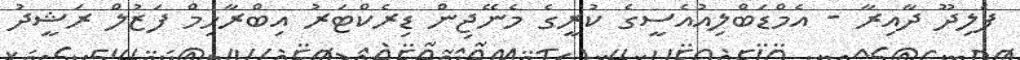
ފެލިދޫ ދާއިރާ - އެމްޑަބްލިއުއެސީގެ ކުރީގެ މެނޭޖިން ޑިރެކްޓަރު އިބްރާހިމް ފަޒުލް ރަޝީދު